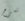
تعرج